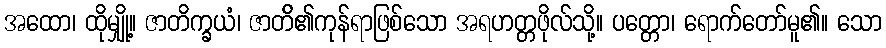
အထော၊ ထိုမျှို့။ ဇာတိက္ခယံ၊ ဇာတ်ိ၏ကုန်ရာဖြစ်သော အရဟတ္တဖိုလ်သို့။ ပတ္တော၊ ရောက်တော်မူ၏။ သော